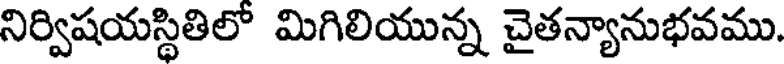
నిర్విషయస్థితిలో మిగిలియున్న చైతన్యానుభవము.